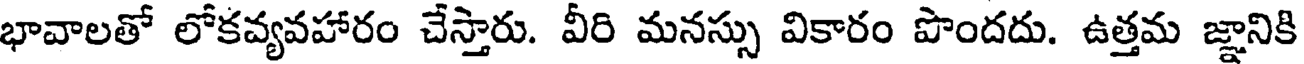
భావాలతో లోకవ్యవహారం చేస్తారు. వీరి మనస్సు వికారం పొందదు. ఉత్తమ జ్ఞానికి